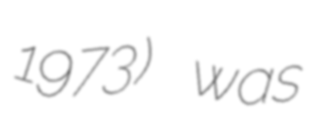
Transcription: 1973) was